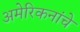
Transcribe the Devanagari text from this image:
अमेरिकनांचे